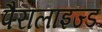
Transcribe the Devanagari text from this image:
पैरालाइज्ड